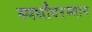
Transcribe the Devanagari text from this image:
स्पर्धांदरम्यान